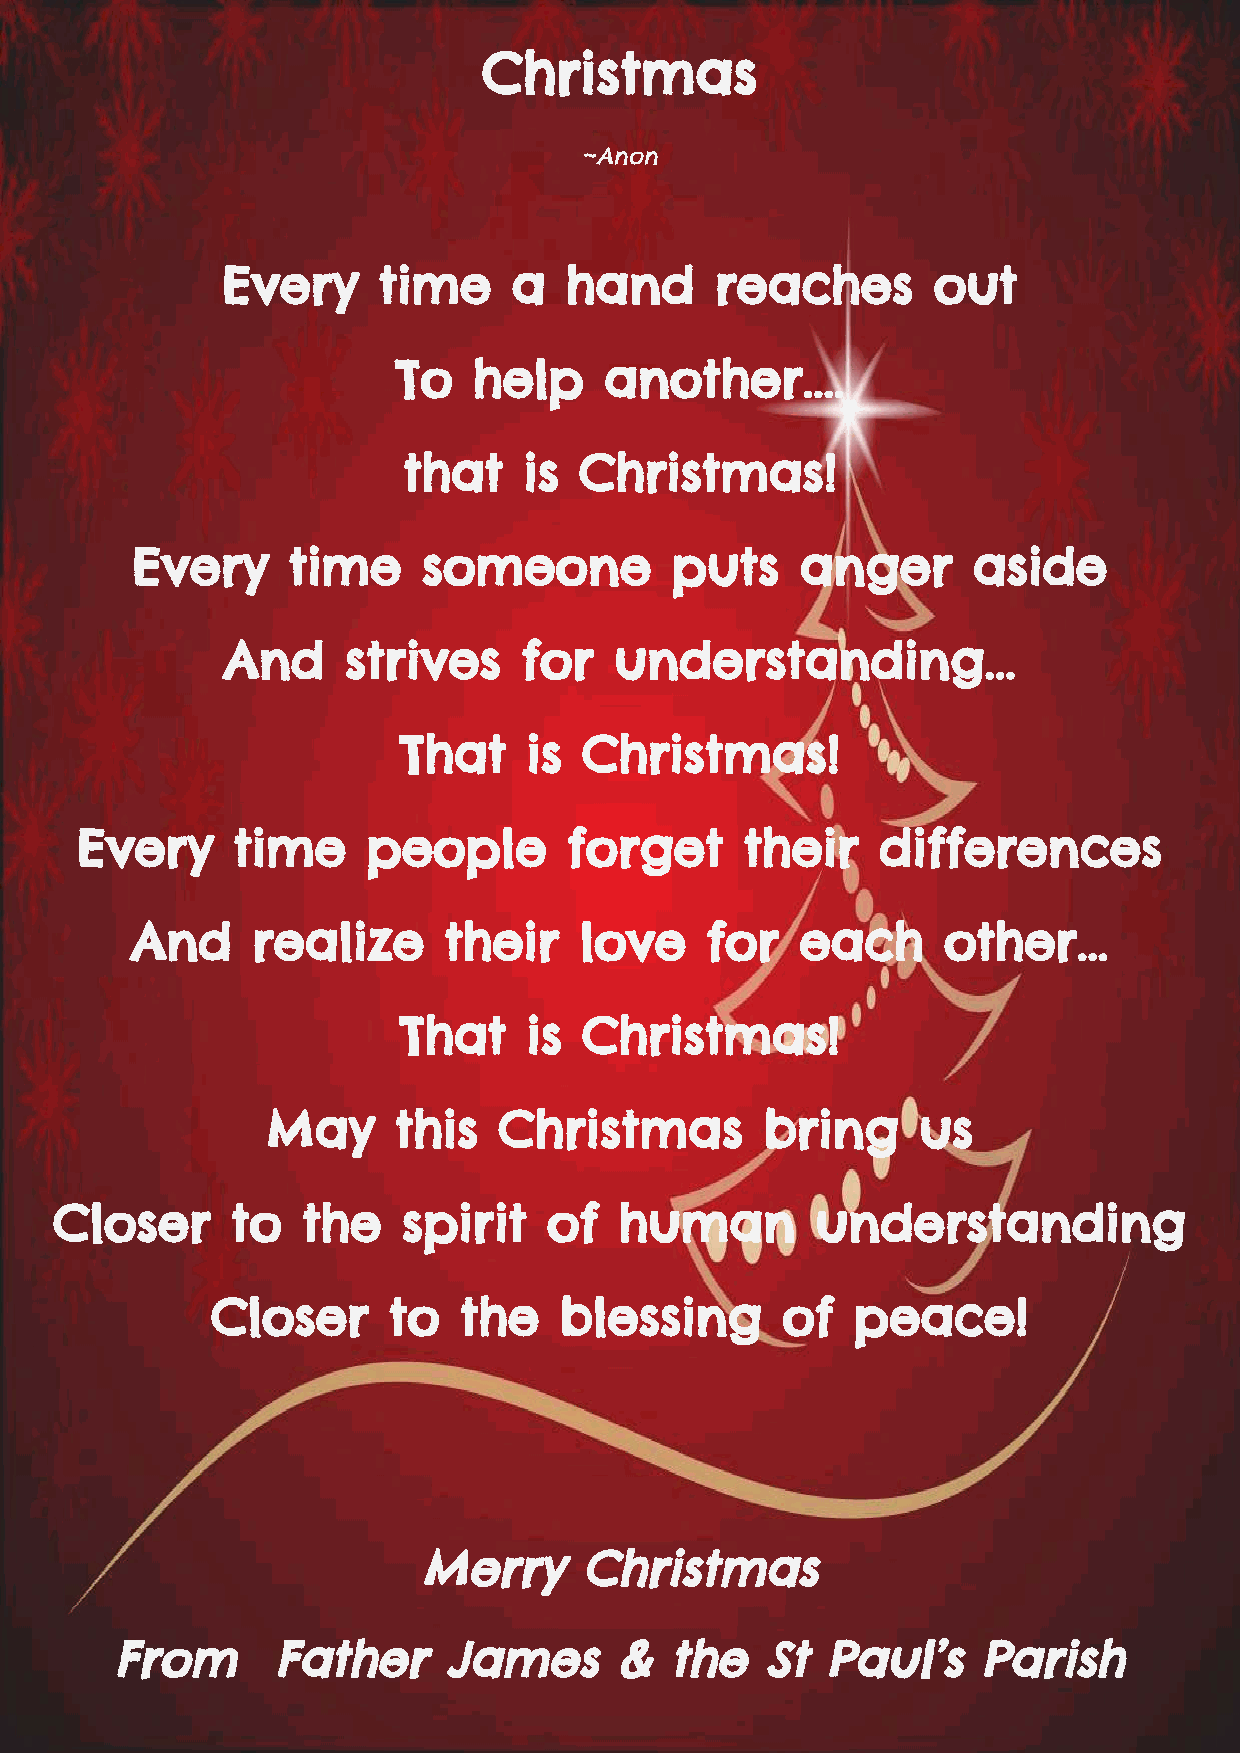
Christmas
 ~Anon
 Every     time     a  hand      reaches        out
 To   help     another....
 that    is Christmas!
 Every     time     someone         puts     anger      aside
 And     strives     for   understanding...
 That     is  Christmas!
 Every     time     people        forget     their    differences
 And     realize     their    love     for   each     other...
 That     is  Christmas!
 May     this   Christmas         bring     us
 Closer     to   the    spirit   of   human        understanding
 Closer      to  the    blessing       of   peace!
 Merry     Christmas
 From       Father     James       &  the    St  Paul’s    Parish